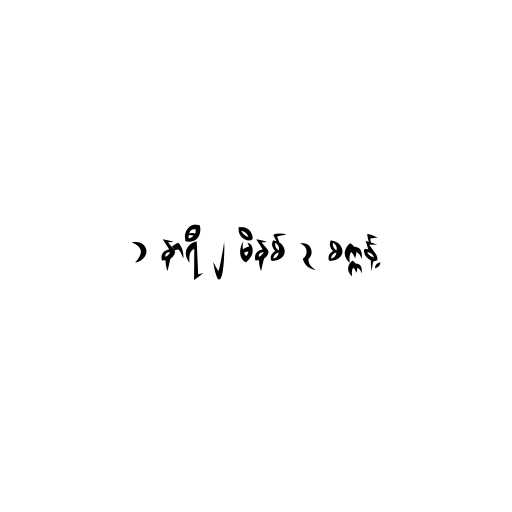
၁ နာရီ ၂ မိနစ် ၃ စက္ကန့်